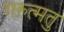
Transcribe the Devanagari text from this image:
गरुत्मतु